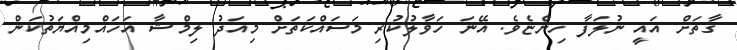
ގާތަށް އައީ ނުލަފާ ހިންޏެވެ. އޭނަ ހަވާލުކުރި މަސައްކަތަށް މިއަދު ލިމްޝާ އަހައްމިއްޔަތުކަން